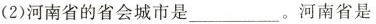
(2)河南省的省会城市是___ 。河南省是